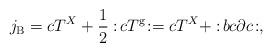
LaTeX: \begin{align*}j_{\rm B} = cT^{ X} + \frac{1}{2} :\! cT^{\rm g}\! := cT^{ X} + :\! b c \partial c \!: , \end{align*}